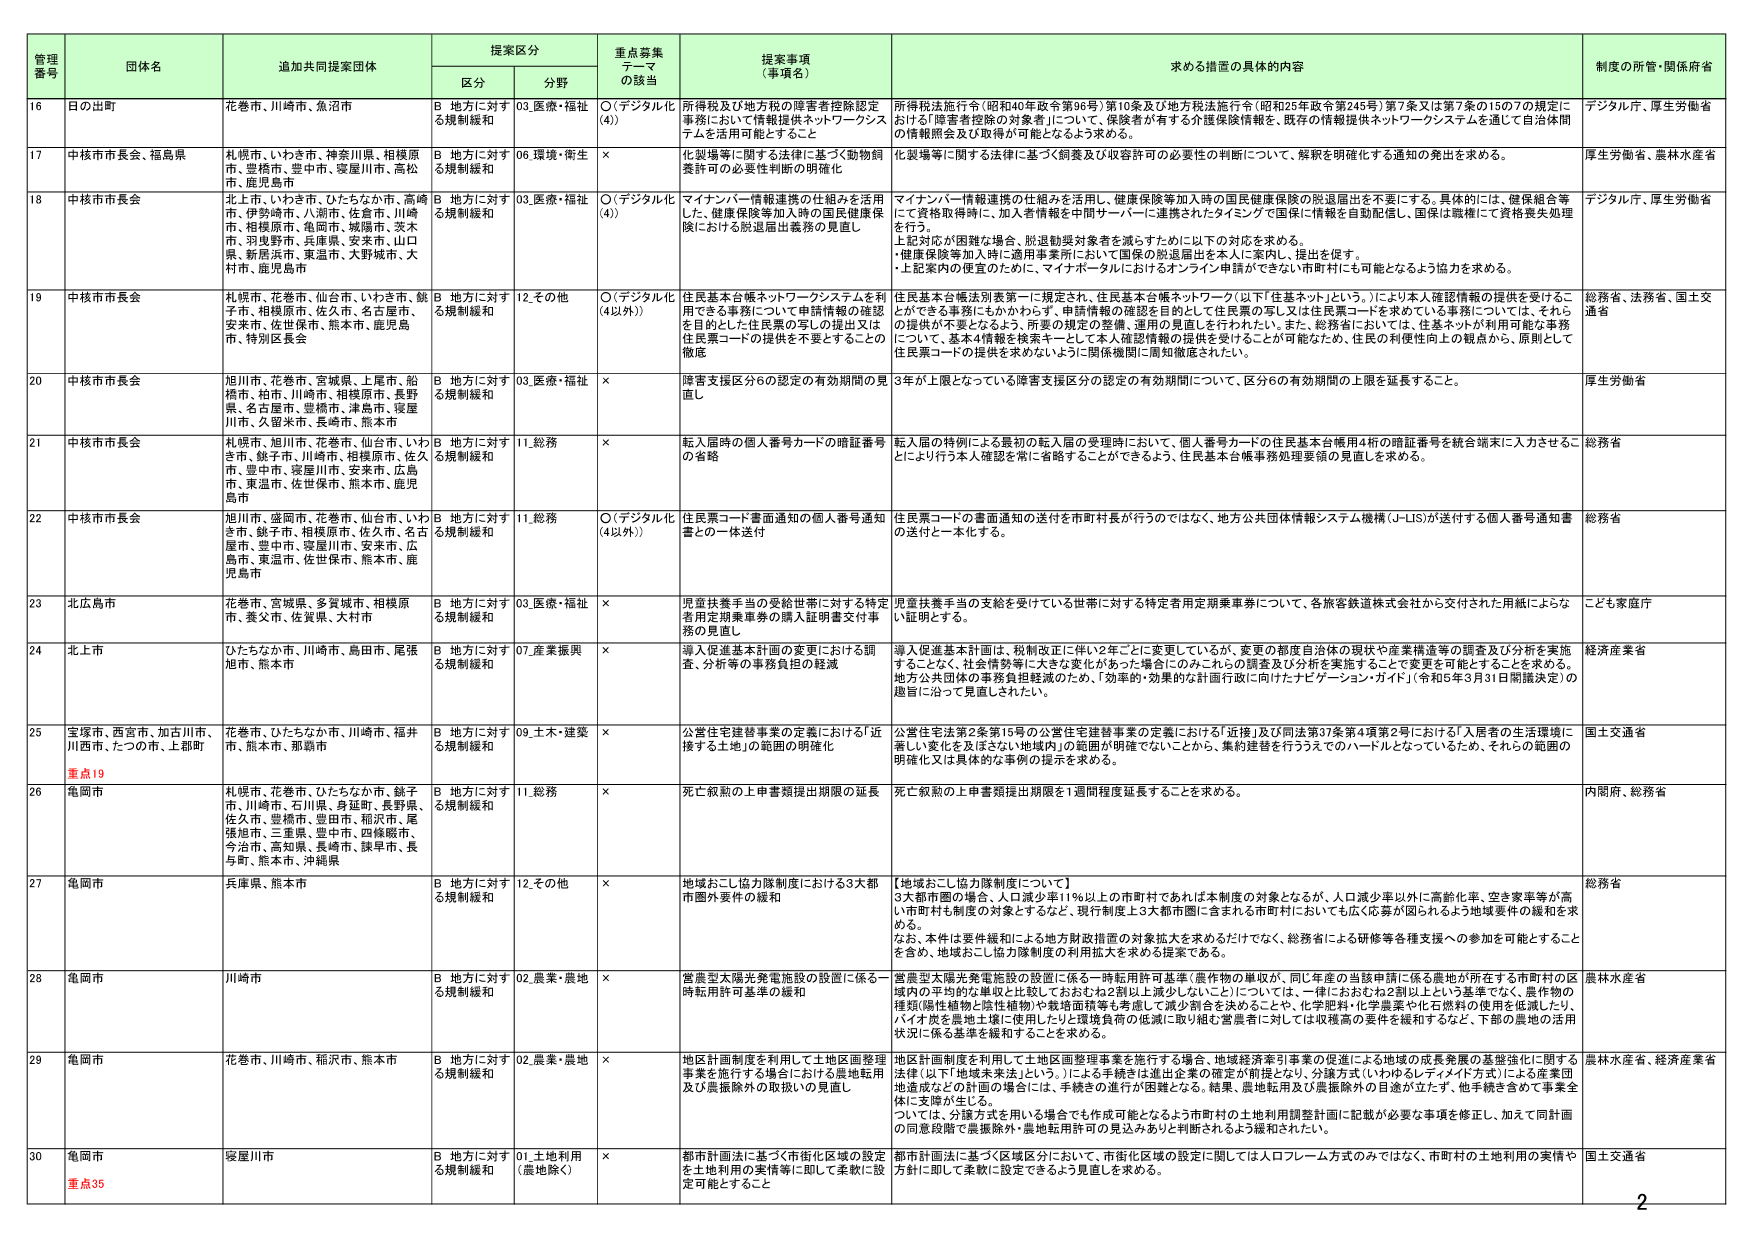
管理番号 団体名 追加共同提案団体 提案区分 重点募集テーマの該当 提案事項（事項名） 求める措置の具体的内容 制度の所管・関係府省
区分 分野
16 日の出町 花巻市、川崎市、魚沼市 B 地方に対する規制緩和 03.医療・福祉 ○（デジタル化（4）） 所得税及び地方税の障害者控除認定事務において情報提供ネットワークシステムを活用可能とすること 所得税法施行令（昭和40年政令第96号）第10条及び地方税法施行令（昭和25年政令第245号）第7条又は第7条の15の7の規定における障害者控除の対象者について、保険者が有する介護保険情報も、既存の情報提供ネットワークシステムを通じて自治体間の情報照会及び取得が可能となるよう求める。 デジタル庁、厚生労働省
17 中核市市長会、福島県 札幌市、いわき市、神奈川県、相模原市、豊橋市、豊中市、寝屋川市、高松市、鹿児島市 B 地方に対する規制緩和 06.環境・衛生 × 化製場等に関する法律に基づく動物胴体許可の必要性判断の明確化 化製場等に関する法律に基づく飼養及び収容許可の必要性の判断について、解釈を明確化する通知の発出を求める。 厚生労働省、農林水産省
18 中核市市長会 北上市、いわき市、ひたちなか市、高崎市、伊勢崎市、八潮市、佐倉市、川崎市、相模原市、亀岡市、城陽市、茨木市、羽曳野市、兵庫県、安来市、山口県、新居浜市、東温市、大野城市、大村市、鹿児島市 B 地方に対する規制緩和 03.医療・福祉 ○（デジタル化（4）） マイナンバー情報連携の仕組みを活用した、健康保険等加入時の国民健康保険における脱退届出義務の見直し マイナンバー情報連携の仕組みを活用し、健康保険等加入時の国民健康保険の脱退届出を不要にする。具体的には、健保組合等にて資格取得時に、加入者情報を中間サーバーに連携されたタイミングで国保に情報を自動配信し、国保は職権にて資格喪失処理を行う。 上記対応が困難な場合、脱退勧奨対象者を減らすために以下の対応を求める。 ・健康保険等加入時に適用事業所において国保の脱退届出を本人に案内し、提出を促す。 ・上記案内の便宜のために、マイナポータルにおけるオンライン申請ができない市町村にも可能となるよう協力を求める。 デジタル庁、厚生労働省
19 中核市市長会 札幌市、花巻市、仙台市、いわき市、銚子市、相模原市、佐久市、名古屋市、安来市、佐世保市、熊本市、鹿児島市、特別区長会 B 地方に対する規制緩和 12.その他 ○（デジタル化（4以外）） 住民基本台帳ネットワークシステムを活用できる事務について申請情報の確認を目的とした住民票の写しの提出又は住民票コードの提供を不要とすることの徹底 住民基本台帳法別表第一に規定され、住民基本台帳ネットワーク（以下「住基ネット」という。）により本人確認情報の提供を受けることができる事務にもかかわらず、申請情報の確認を目的として住民票の写し又は住民票コードを求めていいる事務については、それらの提供が不要となるよう、所要の規定の整備、運用の見直しを行わたい。また、総務省においては、住基ネットが利用可能な事務について、基本4情報を検索キーとして本人確認情報の提供を受けられることが可能になり、住民の利便性向上の観点から、原則として住民票コードの提供を求めないように関係機関に周知徹底されたい。 総務省、法務省、国土交通省
20 中核市市長会 旭川市、花巻市、宮城県、上尾市、船橋市、柏市、川崎市、相模原市、長野県、名古屋市、豊橋市、津島市、寝屋川市、久留米市、長崎市、熊本市 B 地方に対する規制緩和 03.医療・福祉 × 障害支援区分6の認定の有効期間の見直し 3年が上限となっている障害支援区分の認定の有効期間について、区分6の有効期間の上限を延長すること。 厚生労働省
21 中核市市長会 札幌市、旭川市、花巻市、仙台市、いわき市、銚子市、川崎市、相模原市、佐久市、豊中市、寝屋川市、安来市、広島市、東温市、佐世保市、熊本市、鹿児島市 B 地方に対する規制緩和 11.総務 × 転入届時の個人番号カードの暗証番号の省略 転入届の特例による最初の転入届の受理時において、個人番号カードの住民基本台帳番号4桁の暗証番号を統合端末に入力させることにより行う本人確認を常に省略することができるよう、住民基本台帳事務処理要領の見直しを求める。 総務省
22 中核市市長会 旭川市、盛岡市、花巻市、仙台市、いわき市、銚子市、相模原市、佐久市、名古屋市、豊中市、寝屋川市、安来市、広島市、東温市、佐世保市、熊本市、鹿児島市 B 地方に対する規制緩和 11.総務 ○（デジタル化（4以外）） 住民票コード書面通知の個人番号通知書との一体送付 住民票コードの書面通知の送付を市町村長が行うのではなく、地方公共団体情報システム機構（J-LIS）が送付する個人番号通知書の送付と一本化する。 総務省
23 北広島市 花巻市、宮城県、多賀城市、相模原市、養父市、佐賀県、大村市 B 地方に対する規制緩和 03.医療・福祉 × 児童扶養手当の受給世帯に対する特定者用定期乗車券の購入証明書交付事務の見直し 児童扶養手当の支給を受けている世帯に対する特定者用定期乗車券について、各旅客鉄道株式会社から交付された用紙による証明とする。 こども家庭庁
24 北上市 ひたちなか市、川崎市、島田市、尾張旭市、熊本市 B 地方に対する規制緩和 07.産業振興 × 導入促進基本計画の変更における調査、分析等の事務負担の軽減 導入促進基本計画は、税制改正に伴い2年ごとに変更しているが、変更の都度自治体の現状や産業構造等の調査及び分析を実施することなく、社会情勢等に大きな変化があった場合にのみこれらの調査及び分析を実施することで変更を可能とすることを求める。地方公共団体の事務負担軽減のため、「効率的・効果的な計画行政に向けたナビゲーション・ガイド」（令和5年3月31日閣議決定）の趣旨に沿って見直しされたい。 経済産業省
25 宝塚市、西宮市、加古川市、川西市、たつの市、上郡町 重点19 花巻市、ひたちなか市、川崎市、福井市、熊本市、那覇市 B 地方に対する規制緩和 09.土木・建築 × 公営住宅建替事業の定義における「近接する土地」の範囲の明確化 公営住宅法第2条第15号の公営住宅建替事業の定義における「近接」及び同法第37条第4項第2号における「入居者の生活環境に著しい変化を及ぼさない地域内」の範囲が明確でないことから、集約建替を行ううえでのハードルとなっているため、それらの範囲の明確化又は具体的な事例の提示を求める。 国土交通省
26 亀岡市 札幌市、花巻市、ひたちなか市、銚子市、川崎市、石川県、身延町、長野県、佐久市、豊橋市、豊田市、稲沢市、尾張旭市、三重県、豊中市、四條畷市、今治市、高知県、長崎市、諫早市、長与町、熊本市、沖縄県 B 地方に対する規制緩和 11.総務 × 死亡仮紛の上申書類提出期限の延長 死亡仮紛の上申書類提出期限を1週間程度延長することを求める。 内閣府、総務省
27 亀岡市 兵庫県、熊本市 B 地方に対する規制緩和 12.その他 × 地域おこし協力隊制度における3大都市圏外要件の緩和 【地域おこし協力隊制度について】 3大都市圏の場合、人口減少率11％以上の市町村であれば本制度の対象となるが、人口減少率以外に高齢化率、空き家率等が高く市町村も制度の対象となるなど、現行制度上3大都市圏に含まれる市町村においても広く応募が図られるよう地域要件の緩和を求める。 なお、本件は要件緩和による地方財政措置の対象拡大を求めるだけでなく、総務省による研修等各種支援への参加を可能とすることを含め、地域おこし協力隊制度の利用拡大を求める提案である。 総務省
28 亀岡市 川崎市 B 地方に対する規制緩和 02.農業・農地 × 営農型太陽光発電施設の設置に係る一時転用許可基準の緩和 営農型太陽光発電施設の設置に係る一時転用許可基準（農作物の単収が、同じ年度の当該申請に係る農地が所在する市町村の区域内の平均的な単収と比較しておおむね2割以上減少しないこと）については、一律におおむね2割以上という基準でなく、農作物の種類（雌性植物と雄性植物）や栽培面積等も考慮して減少割合を決めることが、化学肥料・化学農薬や化石油料の使用を低減したり、バイオ炭を農地土壌に使用したりと環境負荷の低減に取り組む営農者に対しては収穫高の要件を緩和するなど、下部の農地の活用状況に係る基準を緩和することを求める。 農林水産省
29 亀岡市 花巻市、川崎市、稲沢市、熊本市 B 地方に対する規制緩和 02.農業・農地 × 地区計画制度を利用して土地区画整理事業を施行する場合における農地転用及び農振除外の取扱いの見直し 地区計画制度を利用して土地区画整理事業を施行する場合、地域経済牽引事業の促進による地域の成長発展の基盤強化に関する法律（以下「地域未来法」という。）による手続きは進出企業の確定が前提となり、分譲方式（いわゆるレイアウト方式）による産業団地造成などの計画の場合には、手続きの進行が困難となる。結果、農地転用及び農振除外の目途が立たず、他手続きを含めて事業全体に支障が生じる。 ついては、分譲方式を用いる場合でも作成可能となるよう市町村の土地利用調整計画に記載が必要な事項を修正し、加えて同計画の同意段階で農振除外・農地転用許可の見込みありと判断されるよう緩和されたい。 農林水産省、経済産業省
30 亀岡市 重点35 寝屋川市 B 地方に対する規制緩和 01.土地利用（農地除く） × 都市計画法に基づく市街化区域の設定を土地利用の実情等に即して柔軟に設定可能とすること 都市計画法に基づく区域区分において、市街化区域の設定に関しては人口フレーム方式のみではなく、市町村の土地利用の実情や方針に即して柔軟に設定できるよう見直しを求める。 国土交通省
2